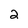
Character: 2